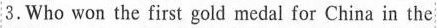
3.Who won the first gold medal for China in the